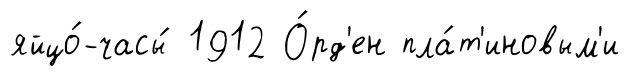
яйцо́-часы́ 1912 О́рд'ен пла́т'иновым'и